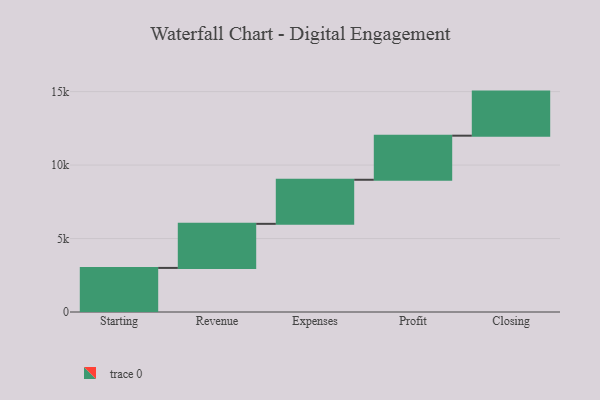
{"axis": {"x": "Step", "y": "Value"}, "legend": [""], "data": [{"x": "Starting", "y": 3000, "type": ""}, {"x": "Revenue", "y": 3000, "type": ""}, {"x": "Expenses", "y": 3000, "type": ""}, {"x": "Profit", "y": 3000, "type": ""}, {"x": "Closing", "y": 3000, "type": ""}]}